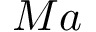
M a